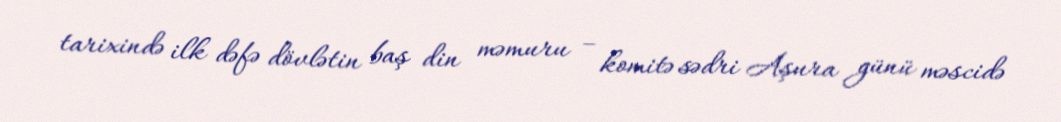
tarixində ilk dəfə dövlətin baş din məmuru – komitə sədri Aşura günü məscidə